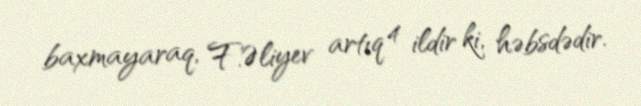
baxmayaraq, F.Əliyev artıq 4 ildir ki, həbsdədir.